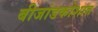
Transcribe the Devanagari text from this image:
बीजांडकोशात